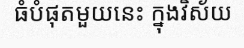
ធំបំផុតមួយនេះ ក្នុងវិស័យ